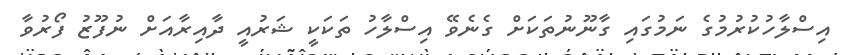
އިސްލާހުކުރުމުގެ ނަމުގައި ގާނޫނުތަކަށް ގެނެވޭ އިސްލާހު ތަކަކީ ޝަރުއީ ދާއިރާއަށް ނުފޫޒު ފޯރުވާ